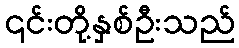
၎င်းတို့နှစ်ဦးသည်